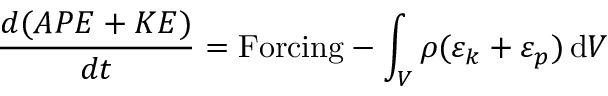
\frac { d ( A P E + K E ) } { d t } = \mathrm { F o r c i n g } - \int _ { V } \rho ( \varepsilon _ { k } + \varepsilon _ { p } ) \, \mathrm { d } V